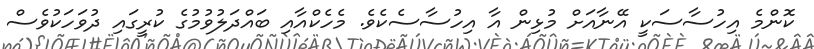
ކޮންމެ އިހުސާސަކީ އޭނާއަށް މުޅިން އާ އިހުސާސެކެވެ. މެހެކްއާއި ބައްދަލުވުމުގެ ކުރީގައި ދުވަހަކުވެސް